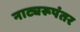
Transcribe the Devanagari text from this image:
नाट्यरूपंतर